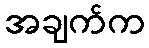
အချက်က